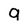
Character: 9